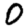
Digit: 0